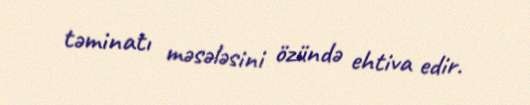
təminatı məsələsini özündə ehtiva edir.